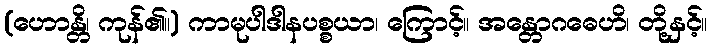
(ဟောန္တိ၊ ကုန်၏။) ကာမုပါဒါနပစ္စယာ၊ ကြောင့်။ အန္တောဂဓေဟိ၊ တို့နှင့်။